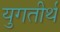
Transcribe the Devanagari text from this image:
युगतीर्थ